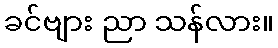
ခင်ဗျား ညာ သန်လား။